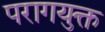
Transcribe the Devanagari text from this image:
परागयुक्त